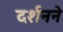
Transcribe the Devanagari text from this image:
दर्शनने